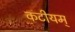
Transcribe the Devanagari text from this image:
कटीयम्‌